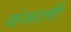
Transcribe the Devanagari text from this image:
वंजली